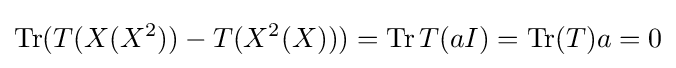
\operatorname {Tr} (T(X(X^{2}))-T(X^{2}(X)))=\operatorname {Tr} T(aI)=\operatorname {Tr} (T)a=0